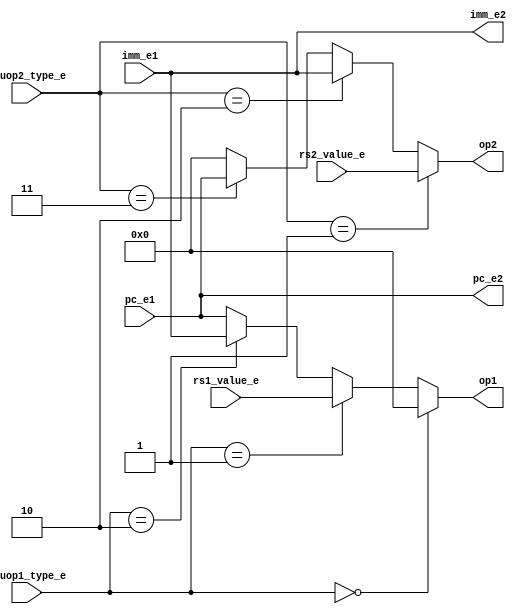
module op_controller( // 完成。
    input wire [31:0] rs1_value_e,
    input wire [31:0] rs2_value_e,
    input wire [31:0] imm_e1,
    input wire [1:0] aluop1_type_e,
    input wire [1:0] aluop2_type_e,
    input wire [31:0] pc_e1,

    output wire [31:0] op1,
    output wire [31:0] op2,
    output wire [31:0] imm_e2,
    output wire [31:0] pc_e2
);
    function [31:0] choose_op1;
    input [31:0] rs1_value_e;
    input [31:0] imm_e1;
    input [1:0] aluop1_type_e;
    input [31:0] pc_e1;
    begin
        choose_op1 = (aluop1_type_e == 2'd0) ? 32'd0 : (aluop1_type_e == 2'd1) ? rs1_value_e :
        (aluop1_type_e == 2'd2) ? imm_e1 : pc_e1;
    end
    endfunction

    function [31:0] choose_op2;
    input [31:0] rs2_value_e;
    input [31:0] imm_e1;
    input [1:0] aluop2_type_e;
    input [31:0] pc_e1;
    begin
        choose_op2 = (aluop2_type_e == 2'd1) ? rs2_value_e : (aluop2_type_e == 2'd2) ? imm_e1 :
                     (aluop2_type_e == 2'd3) ? pc_e1 : 32'd0;
    end
    endfunction

    assign op1 = choose_op1(rs1_value_e, imm_e1, aluop1_type_e, pc_e1);
    assign op2 = choose_op2(rs2_value_e, imm_e1, aluop2_type_e, pc_e1);
    assign imm_e2 = imm_e1;
    assign pc_e2 = pc_e1;

endmodule